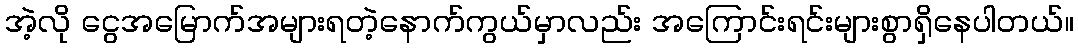
အဲ့လို ငွေအမြောက်အများရတဲ့နောက်ကွယ်မှာလည်း အကြောင်းရင်းများစွာရှိနေပါတယ်။